Document type: Sale
Year: 1323
Scribe: Guillem Coscoll
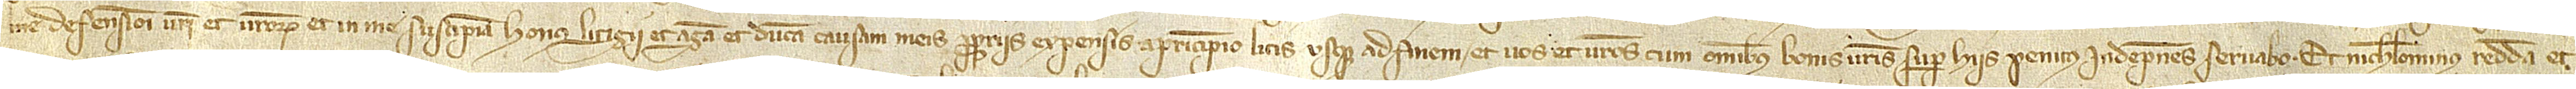
me deffensioni vestri et vestrorum et in me suscipiam honus litigii et agam et ducam causam meis propriis expensis a principio litis usque ad finem, et vos et vestros cum omnibus bonis vestris super hiis penitus indempnes servabo. Et nichilominus reddam et